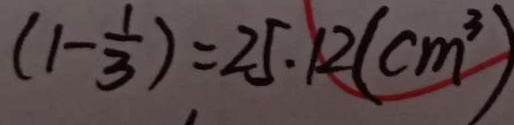
( 1 - \frac { 1 } { 3 } ) = 2 5 . 1 2 ( c m ^ { 3 } )